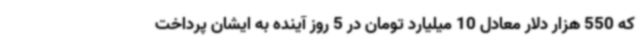
که 550 هزار دلار معادل 10 میلیارد تومان در 5 روز آینده به ایشان پرداخت